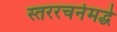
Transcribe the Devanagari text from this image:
स्तररचनेमद्धे